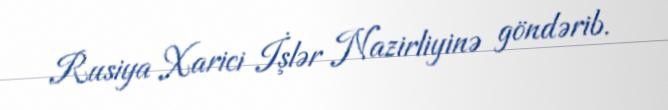
Rusiya Xarici İşlər Nazirliyinə göndərib.